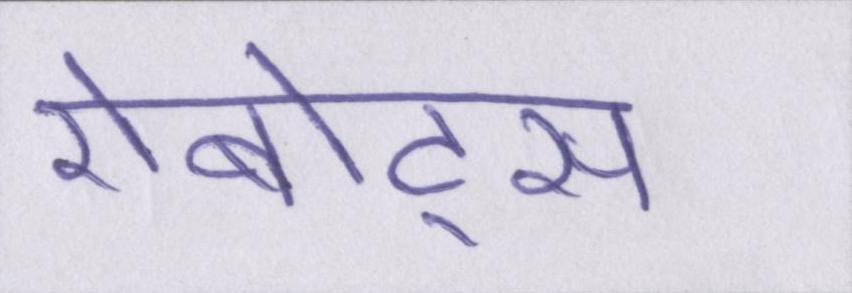
रोबोट्स